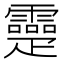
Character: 𤴤